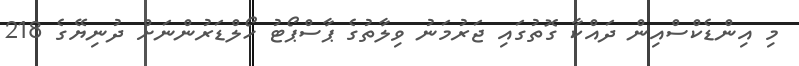
މި އިންޑެކްސްއިން ދައްކާ ގޮތުގައި ޖަރުމަނު ވިލާތުގެ ޕާސްޕޯޓު ހޯލްޑަރުންނަށް ދުނިޔޭގެ 218